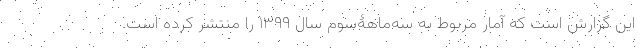
این گزارش است که آمار مربوط به سه‌ماهۀسوم سال ۱۳۹۹ را منتشر کرده است.